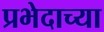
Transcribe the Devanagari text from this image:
प्रभेदाच्या